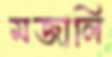
মজালি